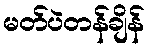
မတ်ပဲတန်ချိန်